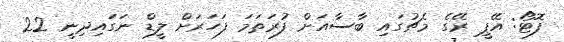
ފޮޓޯ: އޭޕީ ރޭގެ މެޗުގައި ބާސާއަށް ފުރަތަމަ ފަހަރަށް ލީޑް ނަގައިދިނީ 22